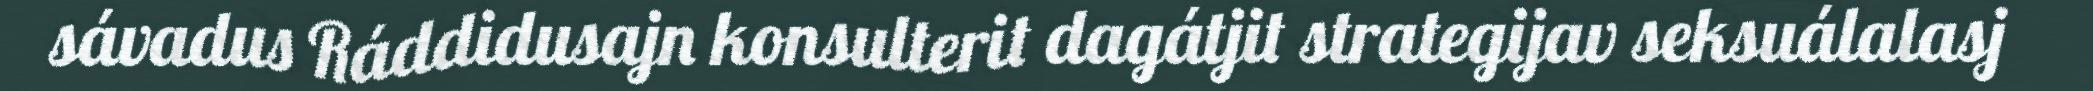
sávadus Ráddidusajn konsulterit dagátjit strategijav seksuálalasj